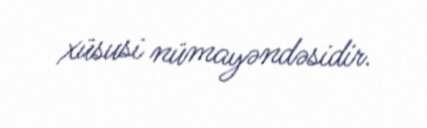
xüsusi nümayəndəsidir.